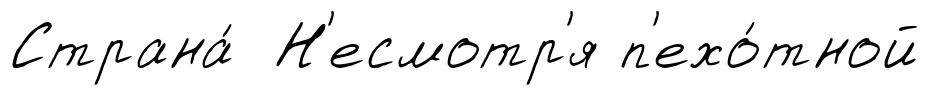
Страна́ Н'есмотр'я п'ехо́тной